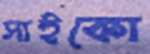
সাইকো